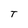
Character: T